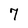
Character: 7